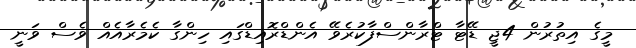
މީގެ އިތުރުން 4ޖީ ޑޭޓާ ޓްރާންސްފާކުރެވޭ އެންޑްރޮއިޑްގައި ހިންގާ ކެމެރާއެއް ވެސް ވަނީ